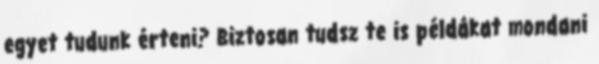
egyet tudunk érteni? Biztosan tudsz te is példákat mondani